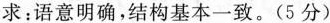
求：语意明确，结构基本一致。(5分)